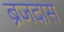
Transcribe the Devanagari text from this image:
ब्रजदास